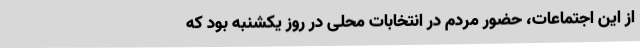
از این اجتماعات، حضور مردم در انتخابات محلی در روز یکشنبه بود که